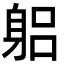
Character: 躳